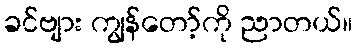
ခင်ဗျား ကျွန်တော့်ကို ညာတယ်။